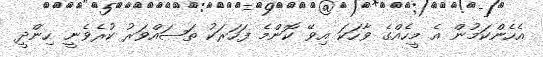
އެހެންކަމުން އެ މީހެއްގެ ވާހަކަ އިވޭ ކޮންމެ ފަހަރަކު ތަޞައްވަރު ކުރެވެނީ ހިންދީ